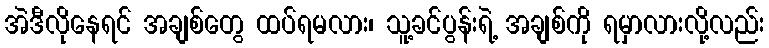
အဲဒီလိုနေရင် အချစ်တွေ ထပ်ရမလား၊ သူ့ခင်ပွန်းရဲ့ အချစ်ကို ရမှာလားလို့လည်း